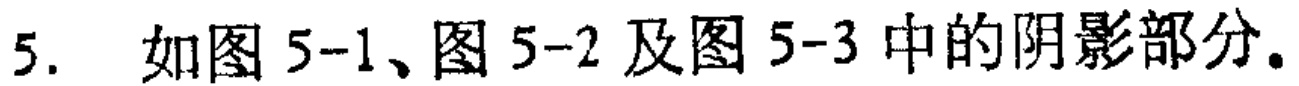
5. 如图 5-1、图 5-2 及图 5-3 中的阴影部分。